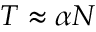
T \approx \alpha N